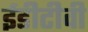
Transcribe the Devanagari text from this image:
ईडीटीवी